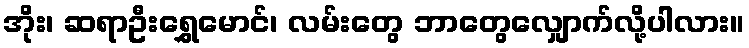
အိုး၊ ဆရာဦးရွှေမောင်၊ လမ်းတွေ ဘာတွေလျှောက်လို့ပါလား။